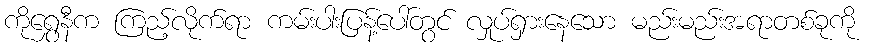
ကိုရွှေနီက ကြည့်လိုက်ရာ ကမ်းပါးပြန့်ပေါ်တွင် လှုပ်ရှားနေသော မည်းမည်းအရာတစ်ခုကို